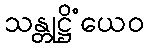
သန္တုဋ္ဌိံယေဝ